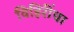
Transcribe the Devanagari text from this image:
विहिरींचा